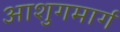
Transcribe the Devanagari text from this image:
आशुगमार्ग